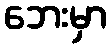
ဘေးမှာ